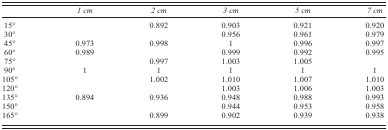
<table><thead><tr><td></td><td><b><i>1 cm</i></b></td><td><b><i>2 cm</i></b></td><td><b><i>3 cm</i></b></td><td><b><i>5 cm</i></b></td><td><b><i>7 cm</i></b></td></tr></thead><tbody><tr><td>15°</td><td></td><td>0.892</td><td>0.903</td><td>0.921</td><td>0.920</td></tr><tr><td>30°</td><td></td><td></td><td>0.956</td><td>0.961</td><td>0.979</td></tr><tr><td>45°</td><td>0.973</td><td>0.998</td><td>1</td><td>0.996</td><td>0.997</td></tr><tr><td>60°</td><td>0.989</td><td></td><td>0.999</td><td>0.992</td><td>0.995</td></tr><tr><td>75°</td><td></td><td>0.997</td><td>1.003</td><td>1.005</td></tr><tr><td>90°</td><td>1</td><td>1</td><td>1</td><td>1</td><td>1</td></tr><tr><td>105°</td><td></td><td>1.002</td><td>1.010</td><td>1.007</td><td>1.010</td></tr><tr><td>120°</td><td></td><td></td><td>1.003</td><td>1.006</td><td>1.003</td></tr><tr><td>135°</td><td>0.894</td><td>0.936</td><td>0.948</td><td>0.988</td><td>0.993</td></tr><tr><td>150°</td><td></td><td></td><td>0.944</td><td>0.953</td><td>0.958</td></tr><tr><td>165°</td><td></td><td>0.899</td><td>0.902</td><td>0.939</td><td>0.938</td></tr></tbody></table>